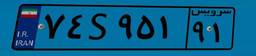
۷۴S۹۵۱۹۱